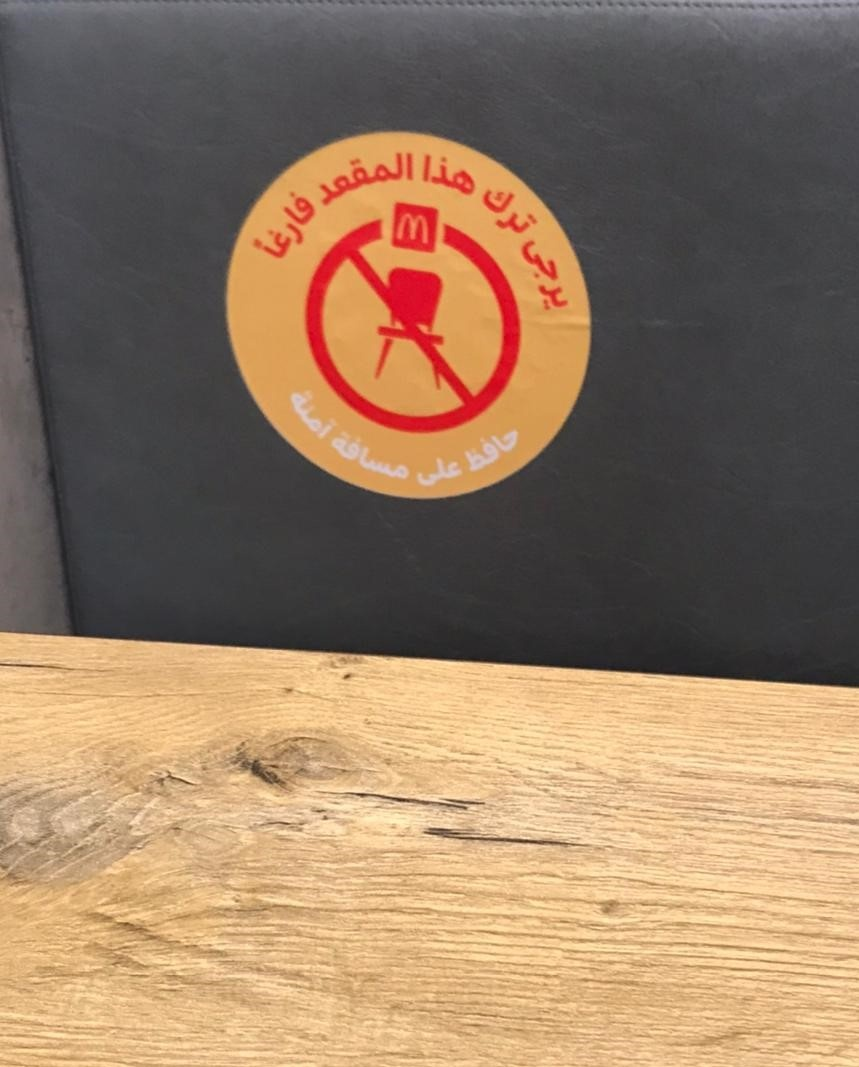
Text in image: هذا المقعد ترك فارغاً يرجى آمنة حافظ مسافة على M